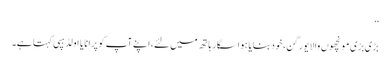
‘‘
بڑی بڑی مونچھوں والا یورگن،خود بنایا ہوا سگار ہاتھ میں لئے،اپنے آپ کو پرانا یا اولڈ ہپی کہتا ہے۔